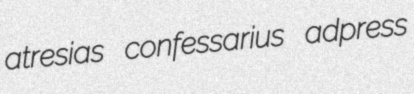
atresias confessarius adpress